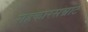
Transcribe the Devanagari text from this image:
सहकारसम्राट